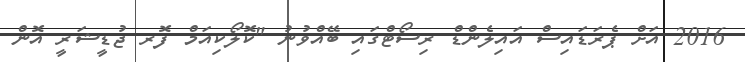
2016 އަށް ޕެރަޑައިސް އައިލެންޑް ރިސޯޓްގައި ބޭއްވުނު "ކޮލޯކިއަމް ފޮރ ޖުޑީޝަރީ އޮން